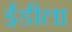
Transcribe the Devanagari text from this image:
ईडीला